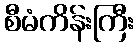
စီမံကိန်းကြီး